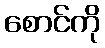
စောင်ကို